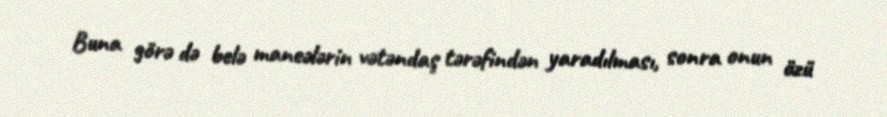
Buna görə də belə maneələrin vətəndaş tərəfindən yaradılması, sonra onun özü